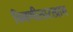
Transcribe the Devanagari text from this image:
चिमणीसारखाच